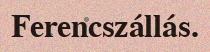
Ferencszállás.